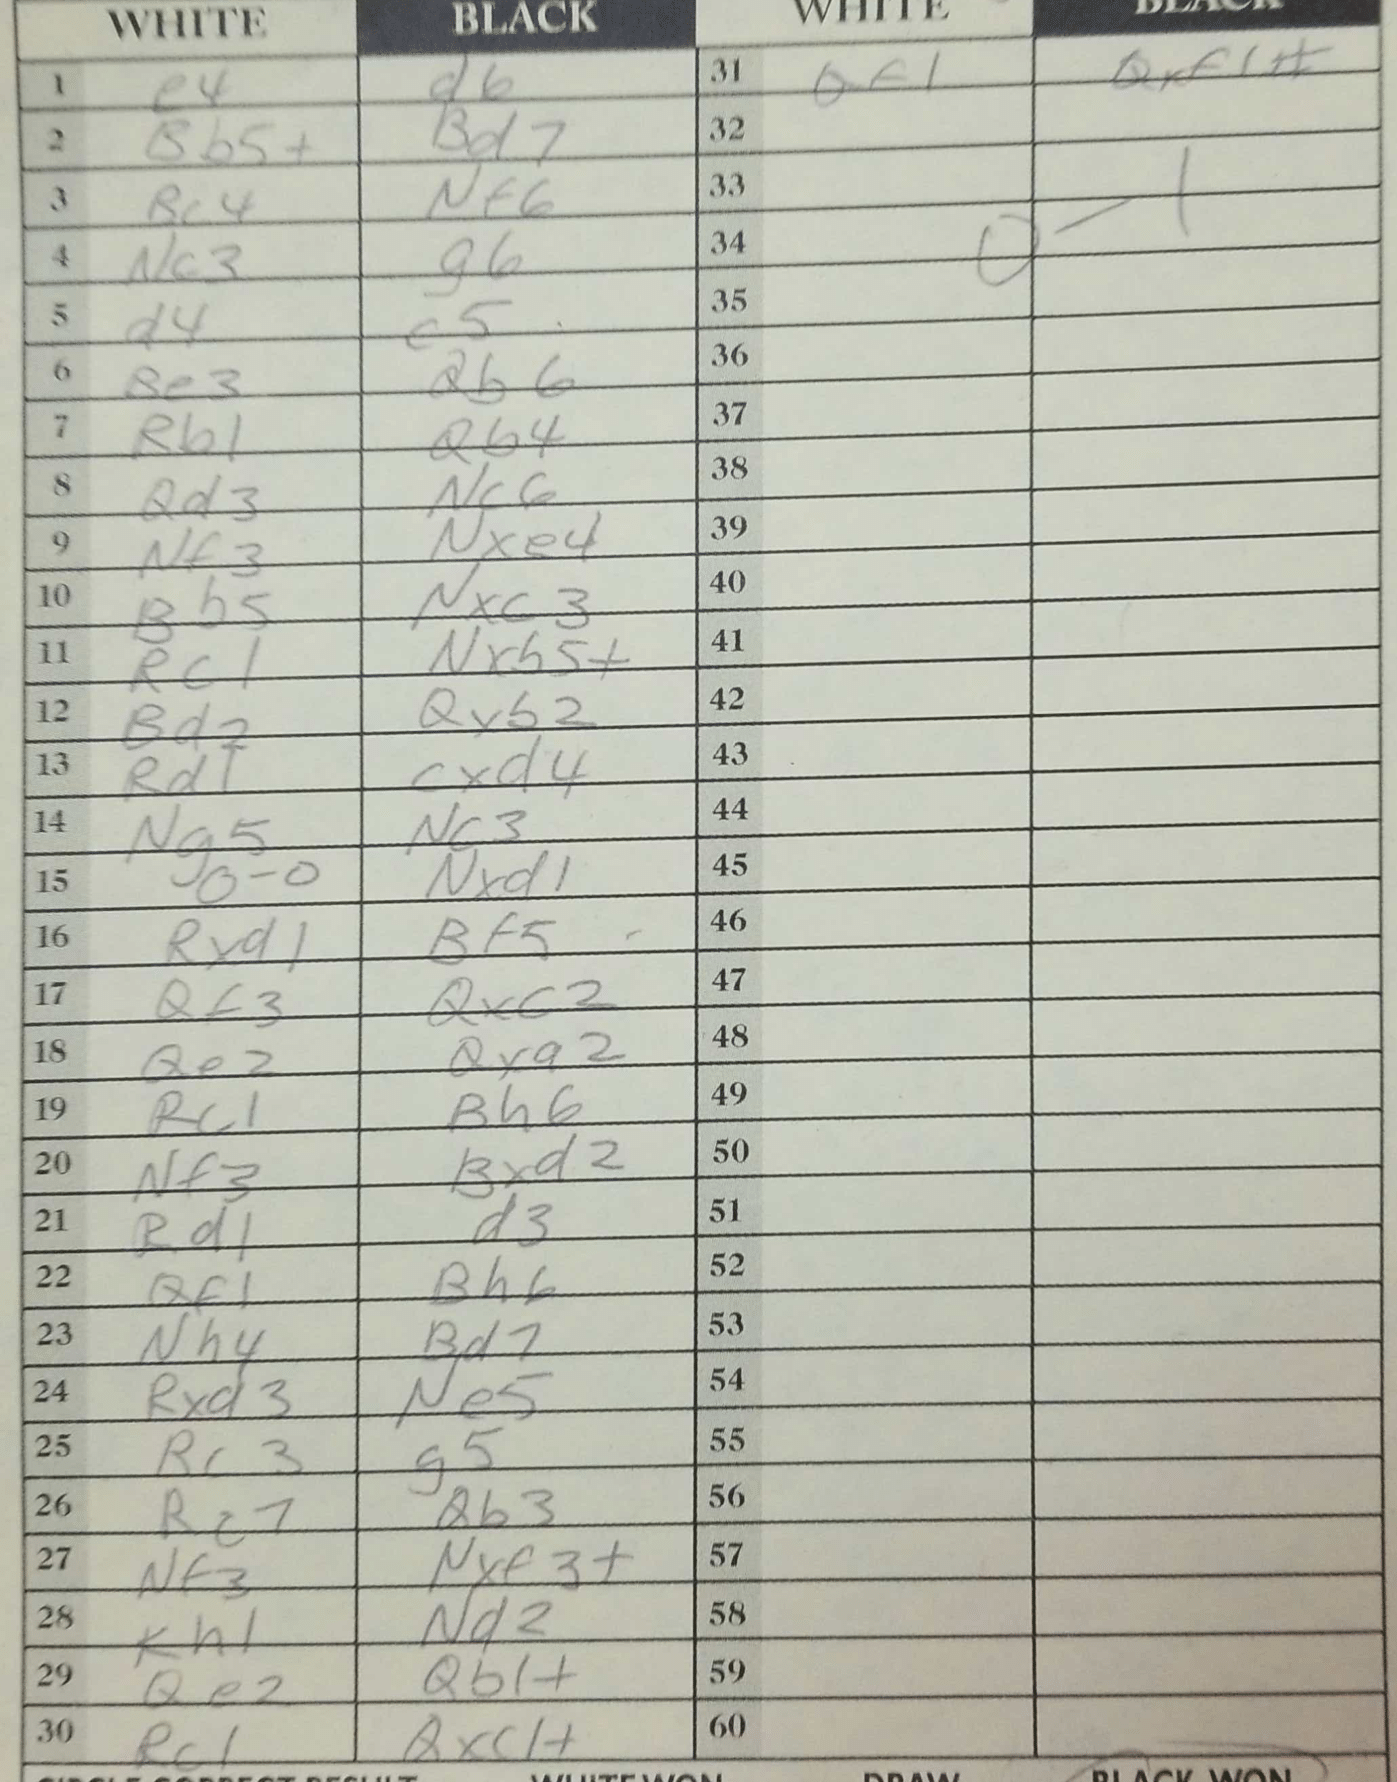
Moves: e4 d6 Bb5+ Bd7 Bc4 Nf6 Nc3 g6 d4 c5 Be3 Qb6 Rb1 Qb4 Qd3 Nc6 Nf3 Nxe4 Bb5 Nxc3 Rc1 Nxb5+ Bd2 Qxb2 Rd1 cxd4 Ng5 Nc3 O-O Nxd1 Rxd1 Bf5 Qf3 Qxc2 Qe2 Qxa2 Rc1 Bh6 Nf3 Bxd2 Rd1 d3 Qf1 Bh6 Nh4 Bd7 Rxa3 Ne5 Rc3 g5 Rc7 Qb3 Nf3 Nxf3+ Kh1 Nd2 Qe2 Qb1+ Rc1 Qxc1+ Qf1 Qxf1#